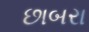
છાબરા